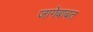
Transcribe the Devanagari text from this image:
जागेबाबत